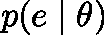
p ( e \mid \mathbf { \theta } )